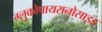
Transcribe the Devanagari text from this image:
ग्लुकोपायरानोसाइड